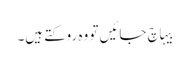
بیہاچ جائیں تو وہ روکتے ہیں۔